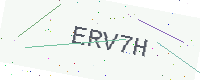
Text: ERV7H